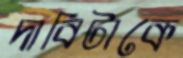
দাবিটাকে